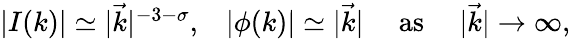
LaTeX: \begin{array}{cccc}{{|I(k)|\simeq|\vec{k}|^{-3-\sigma},}}&{{|\phi(k)|\simeq|\vec{k}|}}&{{\mathrm{\ as\ }}}&{{|\vec{k}|\rightarrow\infty,}}\end{array}